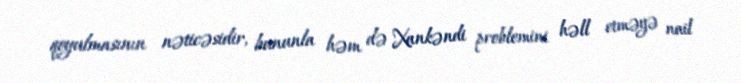
qoyulmasının nəticəsidir, bununla həm də Xankəndi problemini həll etməyə nail